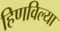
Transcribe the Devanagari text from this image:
हिणविल्या